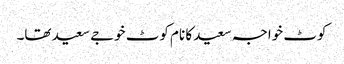
کوٹ خواجہ سعید کا نام کوٹ خوجے سعید تھا۔